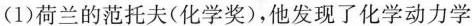
(1)荷兰的范托夫(化学奖)，他发现了化学动力学